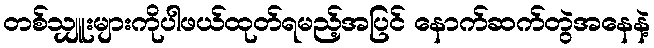
တစ်သျှူးများကိုပါဖယ်ထုတ်ရမည့်အပြင် နောက်ဆက်တွဲအနေနဲ့